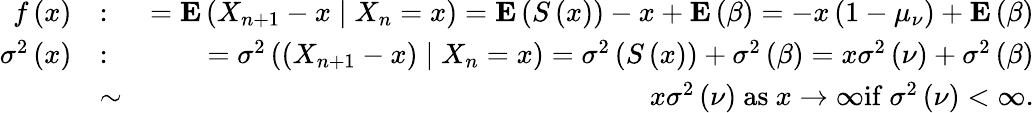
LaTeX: \begin{array}{rlr}{f\left(x\right)}&{:}&{={\mathbf E}\left(X_{n+1}-x\mid X_{n}=x\right)={\mathbf E}\left(S\left(x\right)\right)-x+{\mathbf E}\left(\beta\right)=-x\left(1-\mu_{\nu}\right)+{\mathbf E}\left(\beta\right)}\\ {\sigma^{2}\left(x\right)}&{:}&{=\sigma^{2}\left(\left(X_{n+1}-x\right)\mid X_{n}=x\right)=\sigma^{2}\left(S\left(x\right)\right)+\sigma^{2}\left(\beta\right)=x\sigma^{2}\left(\nu\right)+\sigma^{2}\left(\beta\right)}\\ &{\sim}&{x\sigma^{2}\left(\nu\right)\mathrm{~as~}x\rightarrow\infty\mathrm{if~}\sigma^{2}\left(\nu\right)<\infty.}\end{array}